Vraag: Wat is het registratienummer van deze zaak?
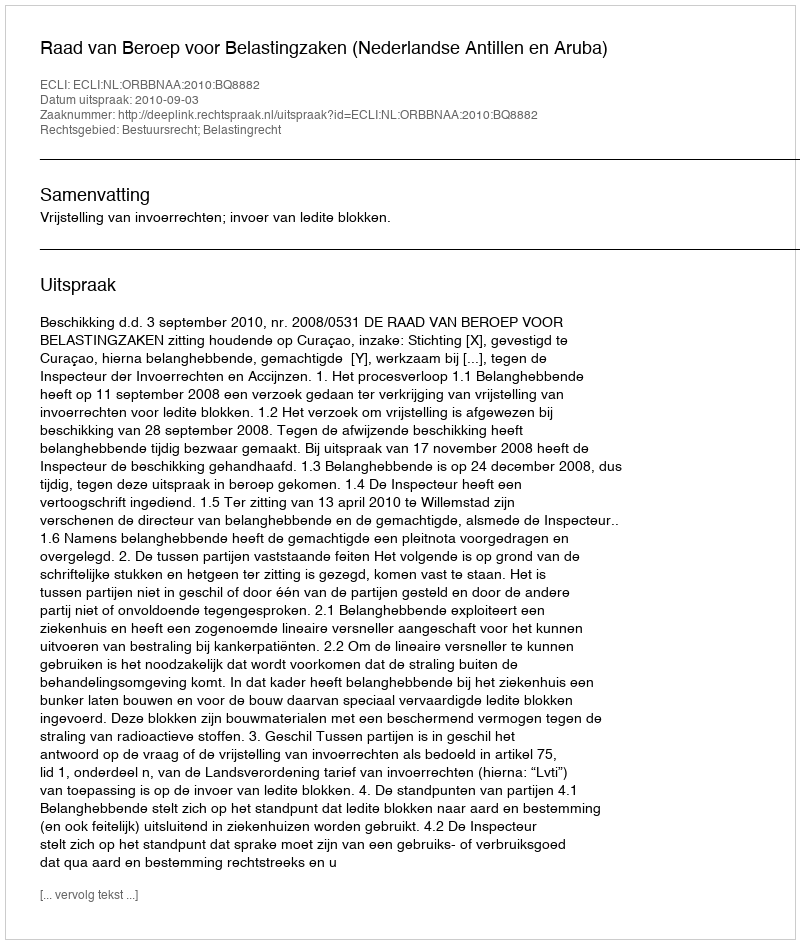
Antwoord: http://deeplink.rechtspraak.nl/uitspraak?id=ECLI:NL:ORBBNAA:2010:BQ8882